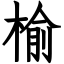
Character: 榆